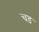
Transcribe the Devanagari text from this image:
चड